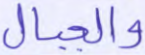
والجبال